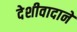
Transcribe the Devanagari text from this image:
देशीवादाने